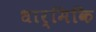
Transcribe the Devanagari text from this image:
धार्मिकि